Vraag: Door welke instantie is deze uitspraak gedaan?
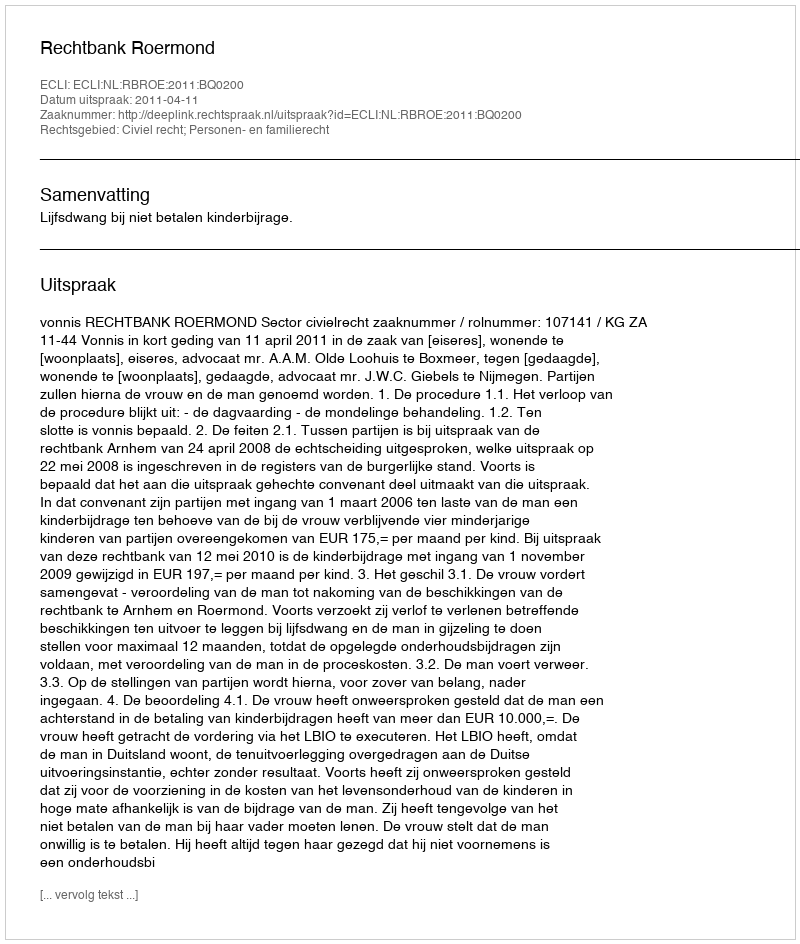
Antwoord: Rechtbank Roermond